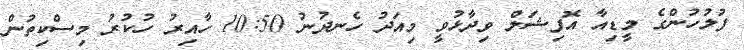
ފުލުހުންގެ މީޑިއާ އޮފިޝަލް ވިދާޅުވީ މިއަދު ހެނދުނު 10:50 ހާއިރު ހުކުރު މިސްކިތުން